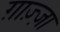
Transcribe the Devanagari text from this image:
ग़ाज़्ज़ा